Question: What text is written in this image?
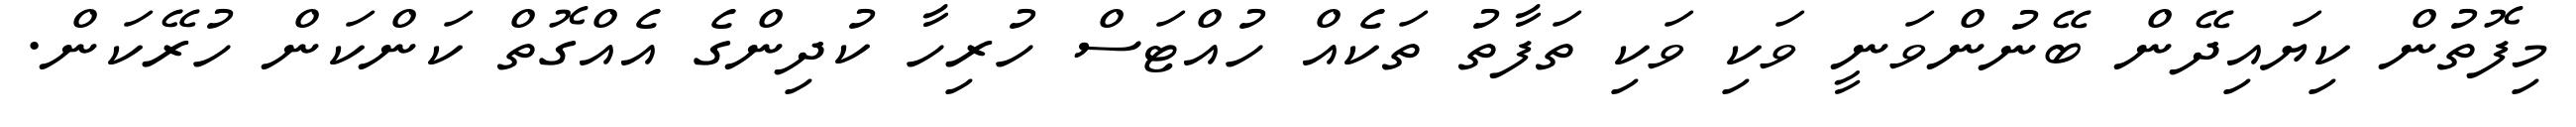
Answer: މިފޮތުން ކިޔައިދޭން ބޭނުންވަނީ ވަކި ވަކި ތަފާތު ތަކެއް ހުއްޓަސް ހުރިހާ ކުދިންގެ އެއްގޮތް ކަންކަން ހުރޭކަން.